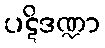
ပဋိဒဏ္ဍာ